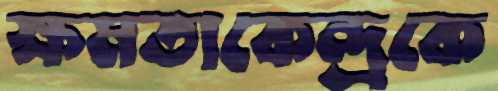
ক্ষমতাকেন্দ্রকে